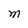
Character: M